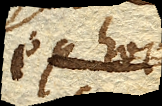
ex hoc